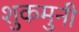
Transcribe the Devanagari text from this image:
शुकमुनी